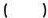
( )